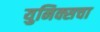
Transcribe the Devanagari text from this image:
युनिक्सचा